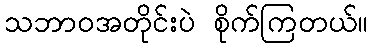
သဘာဝအတိုင်းပဲ စိုက်ကြတယ်။